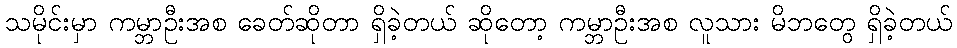
သမိုင်းမှာ ကမ္ဘာဦးအစ ခေတ်ဆိုတာ ရှိခဲ့တယ် ဆိုတော့ ကမ္ဘာဦးအစ လူသား မိဘတွေ ရှိခဲ့တယ်